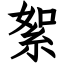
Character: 絮